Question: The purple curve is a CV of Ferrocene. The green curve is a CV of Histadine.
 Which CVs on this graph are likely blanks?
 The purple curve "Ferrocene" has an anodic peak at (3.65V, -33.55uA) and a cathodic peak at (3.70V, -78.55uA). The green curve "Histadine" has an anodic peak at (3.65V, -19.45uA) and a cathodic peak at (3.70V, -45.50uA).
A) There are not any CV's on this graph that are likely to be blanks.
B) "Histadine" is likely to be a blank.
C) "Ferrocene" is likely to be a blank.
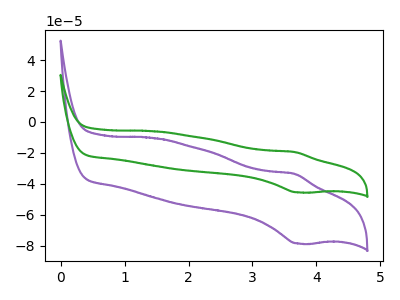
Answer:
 <answer>A) There are not any CV's on this graph that are likely to be blanks.</answer>
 <eval>A</eval>